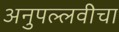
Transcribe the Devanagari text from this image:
अनुपल्लवीचा